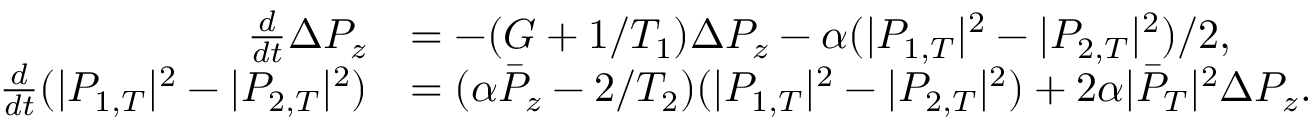
\begin{array} { r l } { \frac { d } { d t } \Delta P _ { z } } & { = - ( G + 1 / T _ { 1 } ) \Delta P _ { z } - \alpha ( | P _ { 1 , T } | ^ { 2 } - | P _ { 2 , T } | ^ { 2 } ) / 2 , } \\ { \frac { d } { d t } ( | P _ { 1 , T } | ^ { 2 } - | P _ { 2 , T } | ^ { 2 } ) } & { = ( \alpha \bar { P } _ { z } - 2 / T _ { 2 } ) ( | P _ { 1 , T } | ^ { 2 } - | P _ { 2 , T } | ^ { 2 } ) + 2 \alpha | \bar { P } _ { T } | ^ { 2 } \Delta P _ { z } . } \end{array}